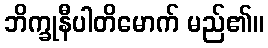
ဘိက္ခုနီပါတိမောက် မည်၏။